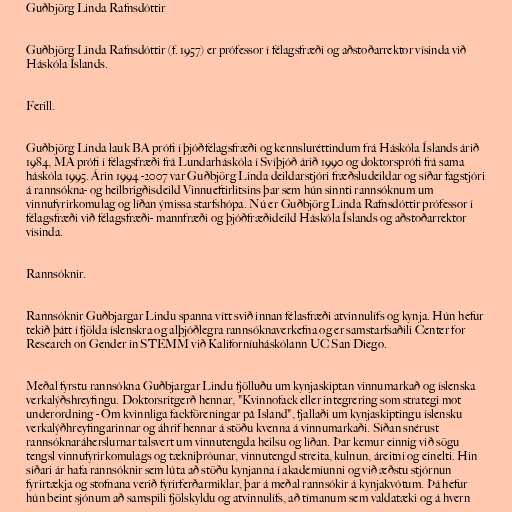
Guðbjörg Linda Rafnsdóttir

Guðbjörg Linda Rafnsdóttir (f. 1957) er prófessor í félagsfræði og aðstoðarrektor vísinda við
Háskóla Íslands.

Ferill.

Guðbjörg Linda lauk BA prófi í þjóðfélagsfræði og kennsluréttindum frá Háskóla Íslands árið
1984, MA prófi í félagsfræði frá Lundarháskóla í Svíþjóð árið 1990 og doktorsprófi frá sama
háskóla 1995. Árin 1994 -2007 var Guðbjörg Linda deildarstjóri fræðsludeildar og síðar fagstjóri
á rannsókna- og heilbrigðisdeild Vinnueftirlitsins þar sem hún sinnti rannsóknum um
vinnufyrirkomulag og líðan ýmissa starfshópa. Nú er Guðbjörg Linda Rafnsdóttir prófessor í
félagsfræði við félagsfræði- mannfræði og þjóðfræðideild Háskóla Íslands og aðstoðarrektor
vísinda.

Rannsóknir.

Rannsóknir Guðbjargar Lindu spanna vítt svið innan félasfræði atvinnulífs og kynja. Hún hefur
tekið þátt í fjölda íslenskra og alþjóðlegra rannsóknaverkefna og er samstarfsaðili Center for
Research on Gender in STEMM við Kaliforníuháskólann UC San Diego.

Meðal fyrstu rannsókna Guðbjargar Lindu fjölluðu um kynjaskiptan vinnumarkað og íslenska
verkalýðshreyfingu. Doktorsritgerð hennar, "Kvinnofack eller integrering som strategi mot
underordning - Om kvinnliga fackföreningar på Island", fjallaði um kynjaskiptingu íslensku
verkalýðhreyfingarinnar og áhrif hennar á stöðu kvenna á vinnumarkaði. Síðan snérust
rannsóknaráherslurnar talsvert um vinnutengda heilsu og líðan. Þar kemur einnig við sögu
tengsl vinnufyrirkomulags og tækniþróunar, vinnutengd streita, kulnun, áreitni og einelti. Hin
síðari ár hafa rannsóknir sem lúta að stöðu kynjanna í akademíunni og við æðstu stjórnun
fyrirtækja og stofnana verið fyrirferðarmiklar, þar á meðal rannsókir á kynjakvótum. Þá hefur
hún beint sjónum að samspili fjölskyldu og atvinnulífs, að tímanum sem valdatæki og á hvern